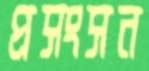
প্রসংসন